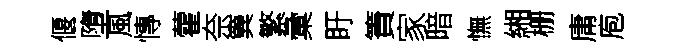
偃墮風慱藿奈簨繁彙盱簀家暗憮緗栅庸庖